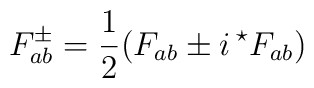
F^{\pm}_{ab} = {\frac{1 }{2}}(F_{ab} \pm i\, {^{\star}F_{ab}})